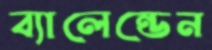
ব্যালেন্ডেন